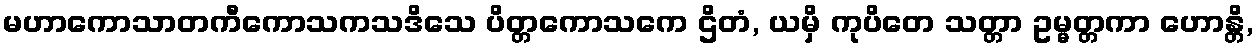
မဟာကောသာတကီကောသကသဒိသေ ပိတ္တကောသကေ ဌိတံ, ယမှိ ကုပိတေ သတ္တာ ဥမ္မတ္တကာ ဟောန္တိ,